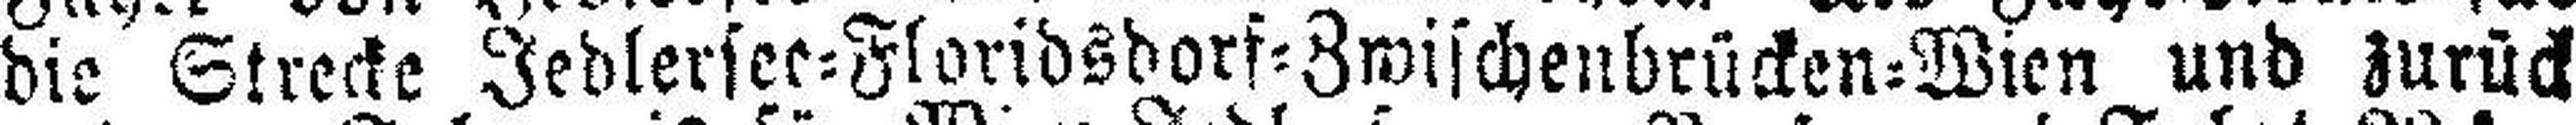
die Strecke Jedlersee=Floridsdorf=Zwischenbrücken=Wien und zurück